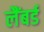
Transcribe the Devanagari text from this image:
लैंबर्ड